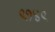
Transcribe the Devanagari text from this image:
९१४९